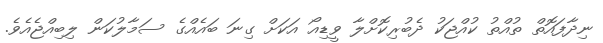
ނިދާފައޮތް ތުއްތު ކުއްޖަކު ދެބުރިކޮށްލާ ވީޑިއޯ އަކަށް ގިނަ ބައެއްގެ ސަމާލުކަން ލިބިއްޖެއެވެ.